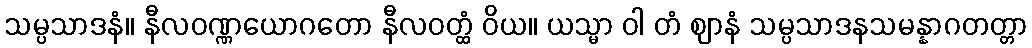
သမ္ပသာဒနံ။ နီလဝဏ္ဏယောဂတော နီလဝတ္ထံ ဝိယ။ ယသ္မာ ဝါ တံ ဈာနံ သမ္ပသာဒနသမန္နာဂတတ္တာ